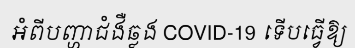
អំពីបញ្ហាជំងឺឆ្លង COVID-19 ទើបធ្វើឱ្យ